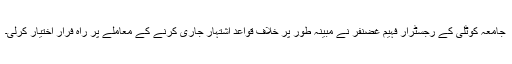
جامعہ کوٹلی کے رجسٹرار فہیم غضنفر نے مبینہ طور پر خلاف قواعد اشتہار جاری کرنے کے معاملے پر راہ فرار اختیار کرلی۔